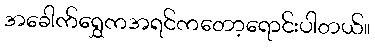
အခေါက်ရွှေကအရင်ကတော့ရောင်းပါတယ်။